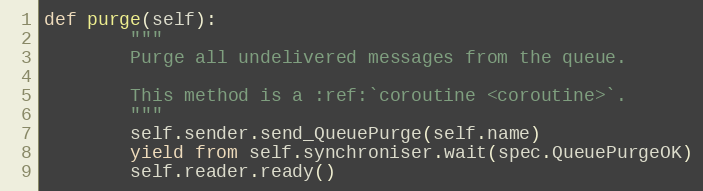
Language: Python
def purge(self):
        """
        Purge all undelivered messages from the queue.

        This method is a :ref:`coroutine <coroutine>`.
        """
        self.sender.send_QueuePurge(self.name)
        yield from self.synchroniser.wait(spec.QueuePurgeOK)
        self.reader.ready()